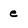
Character: e